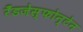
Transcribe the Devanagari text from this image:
रँडजेस्फोन्टेन